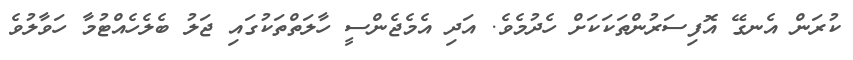
ކުރަން އެނގޭ އޮފިސަރުންތަކަކަށް ހެދުމެވެ. އަދި އެމެޖެންސީ ހާލަތްތަކުގައި ޖަލު ބެލެހެއްޓުމާ ހަވާލުވެ